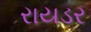
રાયડર